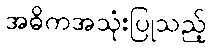
အဓိကအသုံးပြုသည့်